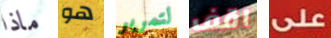
ماذا هو لتمرير اقف على